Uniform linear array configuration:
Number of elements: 12
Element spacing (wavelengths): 0.5
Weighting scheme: kaiser
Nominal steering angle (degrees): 60
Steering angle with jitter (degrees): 58.279
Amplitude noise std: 0.05
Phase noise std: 0.05

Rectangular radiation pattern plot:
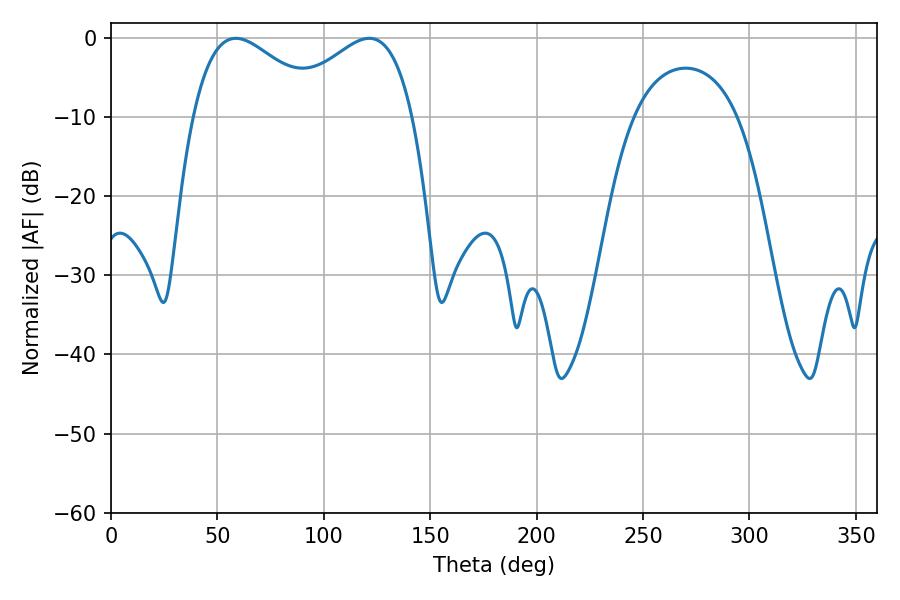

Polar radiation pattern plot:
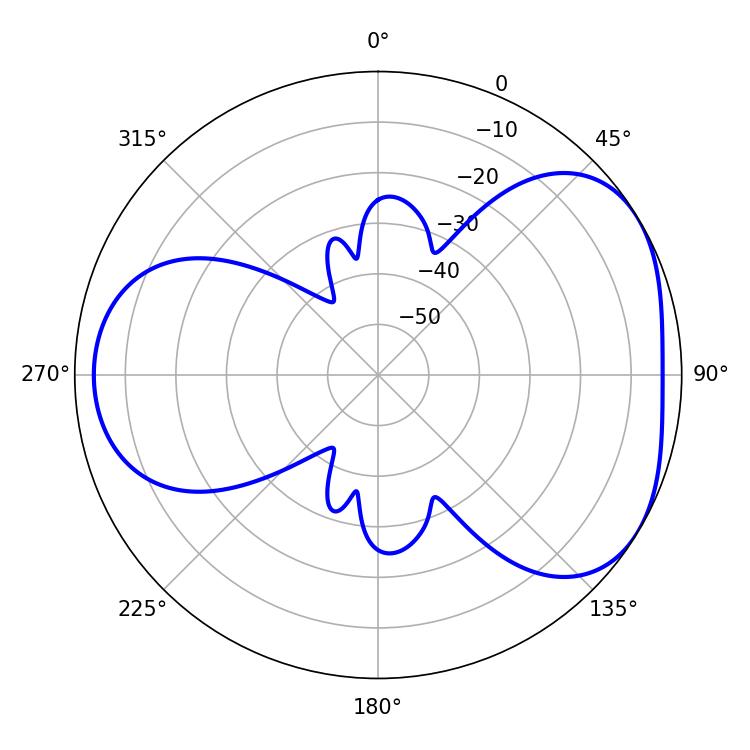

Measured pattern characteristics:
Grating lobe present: FALSE
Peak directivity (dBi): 4.21
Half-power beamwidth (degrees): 33.48
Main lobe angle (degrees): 58.68